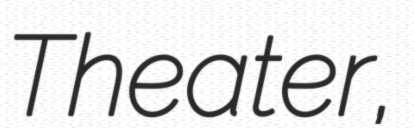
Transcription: Theater,